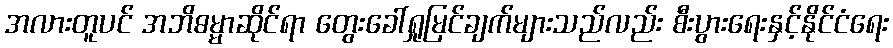
အလားတူပင် အဘိဓမ္မာဆိုင်ရာ တွေးခေါ်ရှုမြင်ချက်များသည်လည်း စီးပွားရေးနှင့်နိုင်ငံရေး